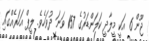
ޖޫން 6 އަކީ މީލާދީ ކަލަންޑަރުގެ 157 ވަނަ ދުވަހެވެ. ލީޕް އަހަރެއްގައި